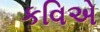
કવિએ